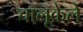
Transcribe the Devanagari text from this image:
चालूकेले